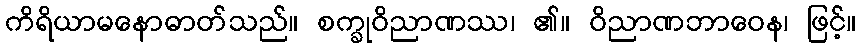
ကိရိယာမနောဓာတ်သည်။ စက္ခုဝိညာဏဿ၊ ၏။ ဝိညာဏဘာဝေန၊ ဖြင့်။